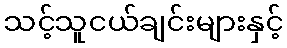
သင့်သူငယ်ချင်းများနှင့်